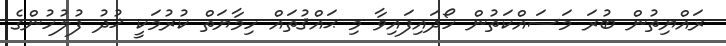
ރައްޔިތުން ބުރަ މަސައްކަތުން ހޯދައިފައިވާ މި ޙައްޤުތައް ހިމާޔަތް ކުރުމަކީ ޚުދު ފުލުހުންގެ